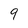
Character: 9